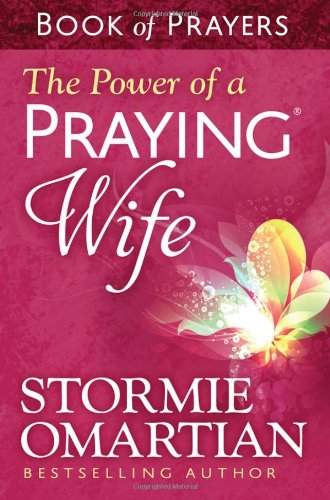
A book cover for The Power of a Praying Wife Book of Prayers; Stormie Omartian; Christian Books & Bibles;